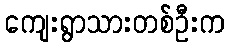
ကျေးရွာသားတစ်ဦးက